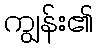
ကျွန်း၏